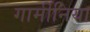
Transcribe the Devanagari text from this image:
गार्मीनिया